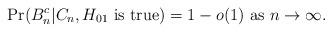
LaTeX: \begin{align*} \Pr(B_n^c|C_n, H_{01} \mbox{ is true})= 1-o(1) \mbox{ as } n\rightarrow\infty. \end{align*}